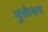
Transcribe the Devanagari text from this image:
मुक्तेसर